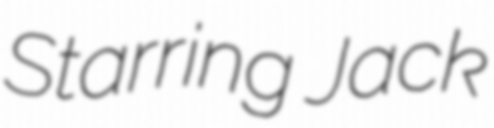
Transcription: Starring Jack